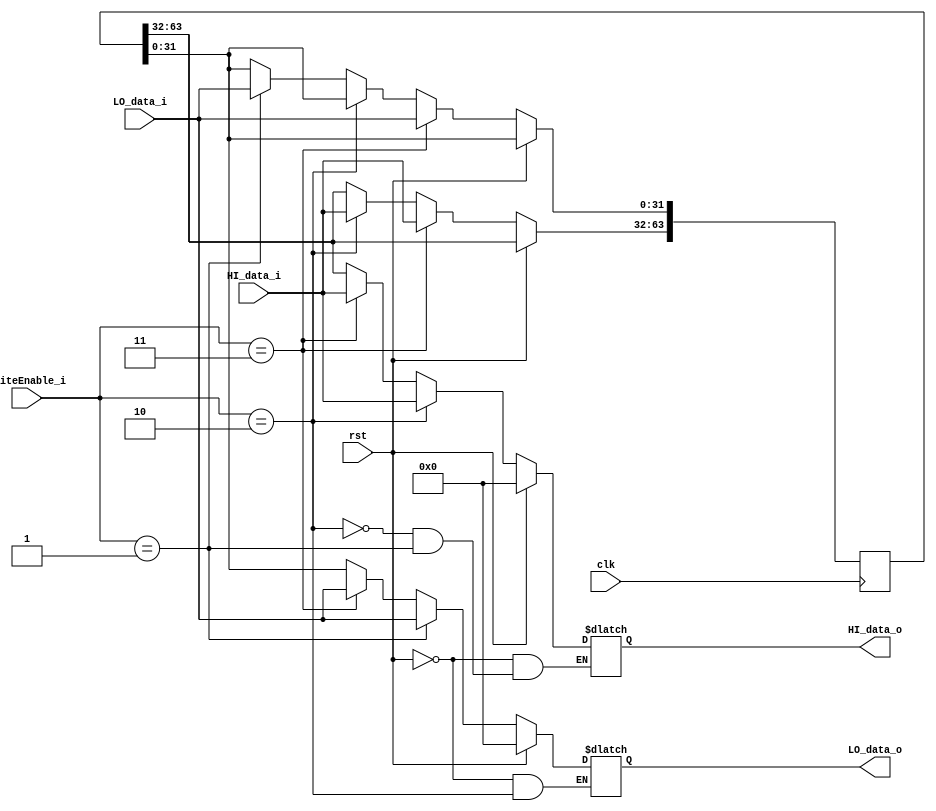
module HILO(
	input wire clk,
	input wire rst,
	input wire [1:0] writeEnable_i,
	input wire [31:0] HI_data_i,
	input wire [31:0] LO_data_i,
	
	output reg [31:0] HI_data_o,
	output reg [31:0] LO_data_o
);
	reg [63:0] HILO;
	 
	//read HILO regisers
	always @(*) begin
		if(rst == 1'b1) begin
			HI_data_o <= 32'b0;
			LO_data_o <= 32'b0;
		end else if(writeEnable_i == 2'b10) begin
			HI_data_o <= HI_data_i;
		end else if(writeEnable_i == 2'b01) begin
			LO_data_o <= LO_data_i;
		end else if(writeEnable_i == 2'b11) begin
			HI_data_o <= HI_data_i;
			LO_data_o <= LO_data_i;	
		end else begin
			HI_data_o <= HILO[63:32];
			LO_data_o <= HILO[31:0];
		end
	end
	
	//write HILO registers
	always @(posedge clk) begin
		if(rst == 1'b0) begin 
			if(writeEnable_i == 2'b11) begin
				HILO <= {HI_data_i, LO_data_i};
			end else if(writeEnable_i == 2'b10) begin
				HILO[63:32] <= HI_data_i;
			end else if(writeEnable_i == 2'b01) begin
				HILO[31:0] <= LO_data_i;
			end
		end
	end
			
endmodule